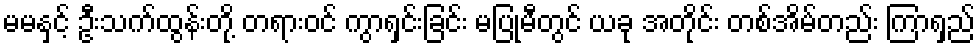
မမနှင့် ဦးသက်ထွန်းတို့ တရားဝင် ကွာရှင်းခြင်း မပြုမီတွင် ယခု အတိုင်း တစ်အိမ်တည်း ကြာရှည်